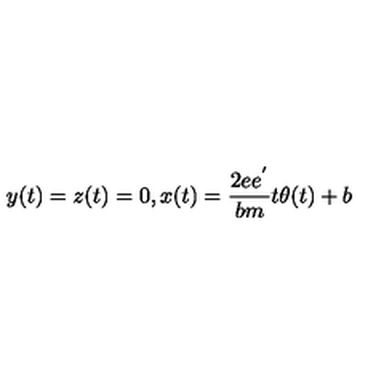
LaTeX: y ( t ) = z ( t ) = 0 , x ( t ) = { \frac { 2 e e ^ { ' } } { b m } } t \theta ( t ) + b